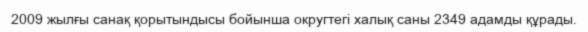
2009 жылғы санақ қорытындысы бойынша округтегі халық саны 2349 адамды құрады.